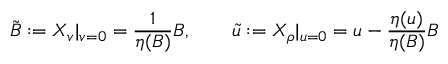
{ \tilde { B } } : = X _ { v } | _ { v = 0 } = \frac { 1 } { \eta ( B ) } B , \qquad \tilde { u } : = X _ { \rho } | _ { u = 0 } = u - \frac { \eta ( u ) } { \eta ( B ) } B